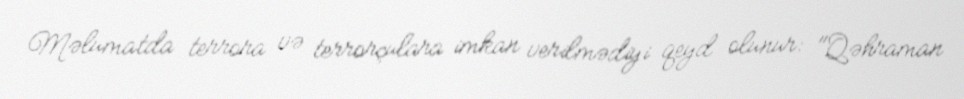
Məlumatda terrora və terrorçulara imkan verilmədiyi qeyd olunur: "Qəhraman